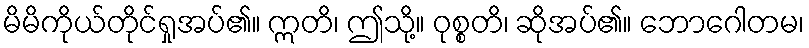
မိမိကိုယ်တိုင်ရှုအပ်၏။ ဣတိ၊ ဤသို့။ ဝုစ္စတိ၊ ဆိုအပ်၏။ ဘောဂေါတမ၊